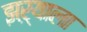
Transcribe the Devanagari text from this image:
झऱ्याला